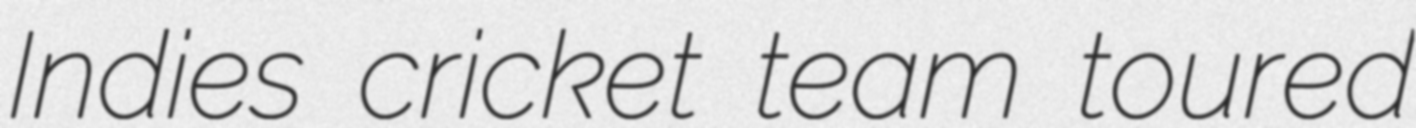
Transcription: Indies cricket team toured